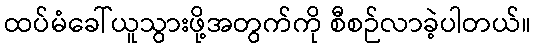
ထပ်မံခေါ်ယူသွားဖို့အတွက်ကို စီစဉ်လာခဲ့ပါတယ်။